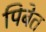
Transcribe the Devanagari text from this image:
पिबेत